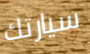
سيارتك